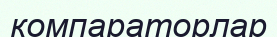
компараторлар